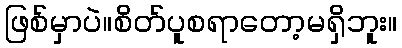
ဖြစ်မှာပဲ။စိတ်ပူစရာတော့မရှိဘူး။